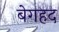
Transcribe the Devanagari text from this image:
बेगहद